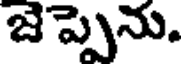
జెప్పెను.